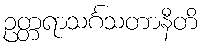
ဥတ္တရာသင်္ဂသတာနီတိ